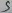
Text: 5